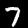
Label: 7